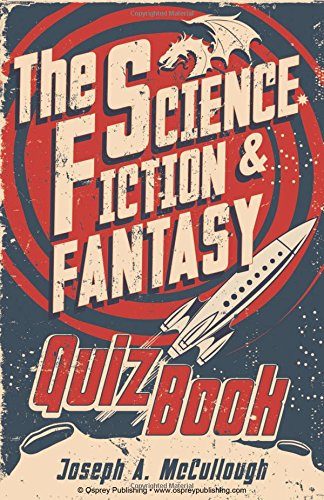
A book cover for The Science-Fiction & Fantasy Quiz Book (Open Book Adventures); Joseph McCullough; Science Fiction & Fantasy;